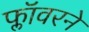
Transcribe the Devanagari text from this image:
फ्लॉवरने